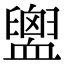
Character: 𧗕